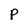
Character: p